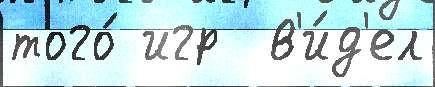
того́ игр  в'и́д'ел